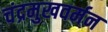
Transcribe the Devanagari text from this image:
चंद्रमुखवर्मन